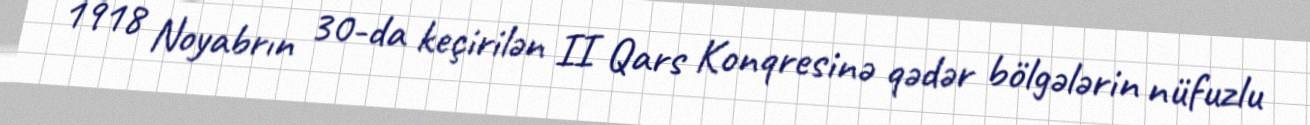
1918 Noyabrın 30-da keçirilən II Qars Konqresinə qədər bölgələrin nüfuzlu